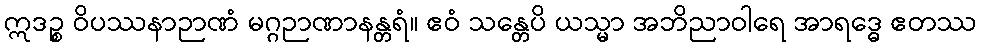
ဣဒဉ္စ ဝိပဿနာဉာဏံ မဂ္ဂဉာဏာနန္တရံ။ ဧဝံ သန္တေပိ ယသ္မာ အဘိညာဝါရေ အာရဒ္ဓေ ဧတဿ